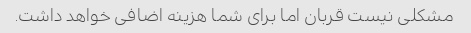
مشکلی نیست قربان اما برای شما هزینه اضافی خواهد داشت.